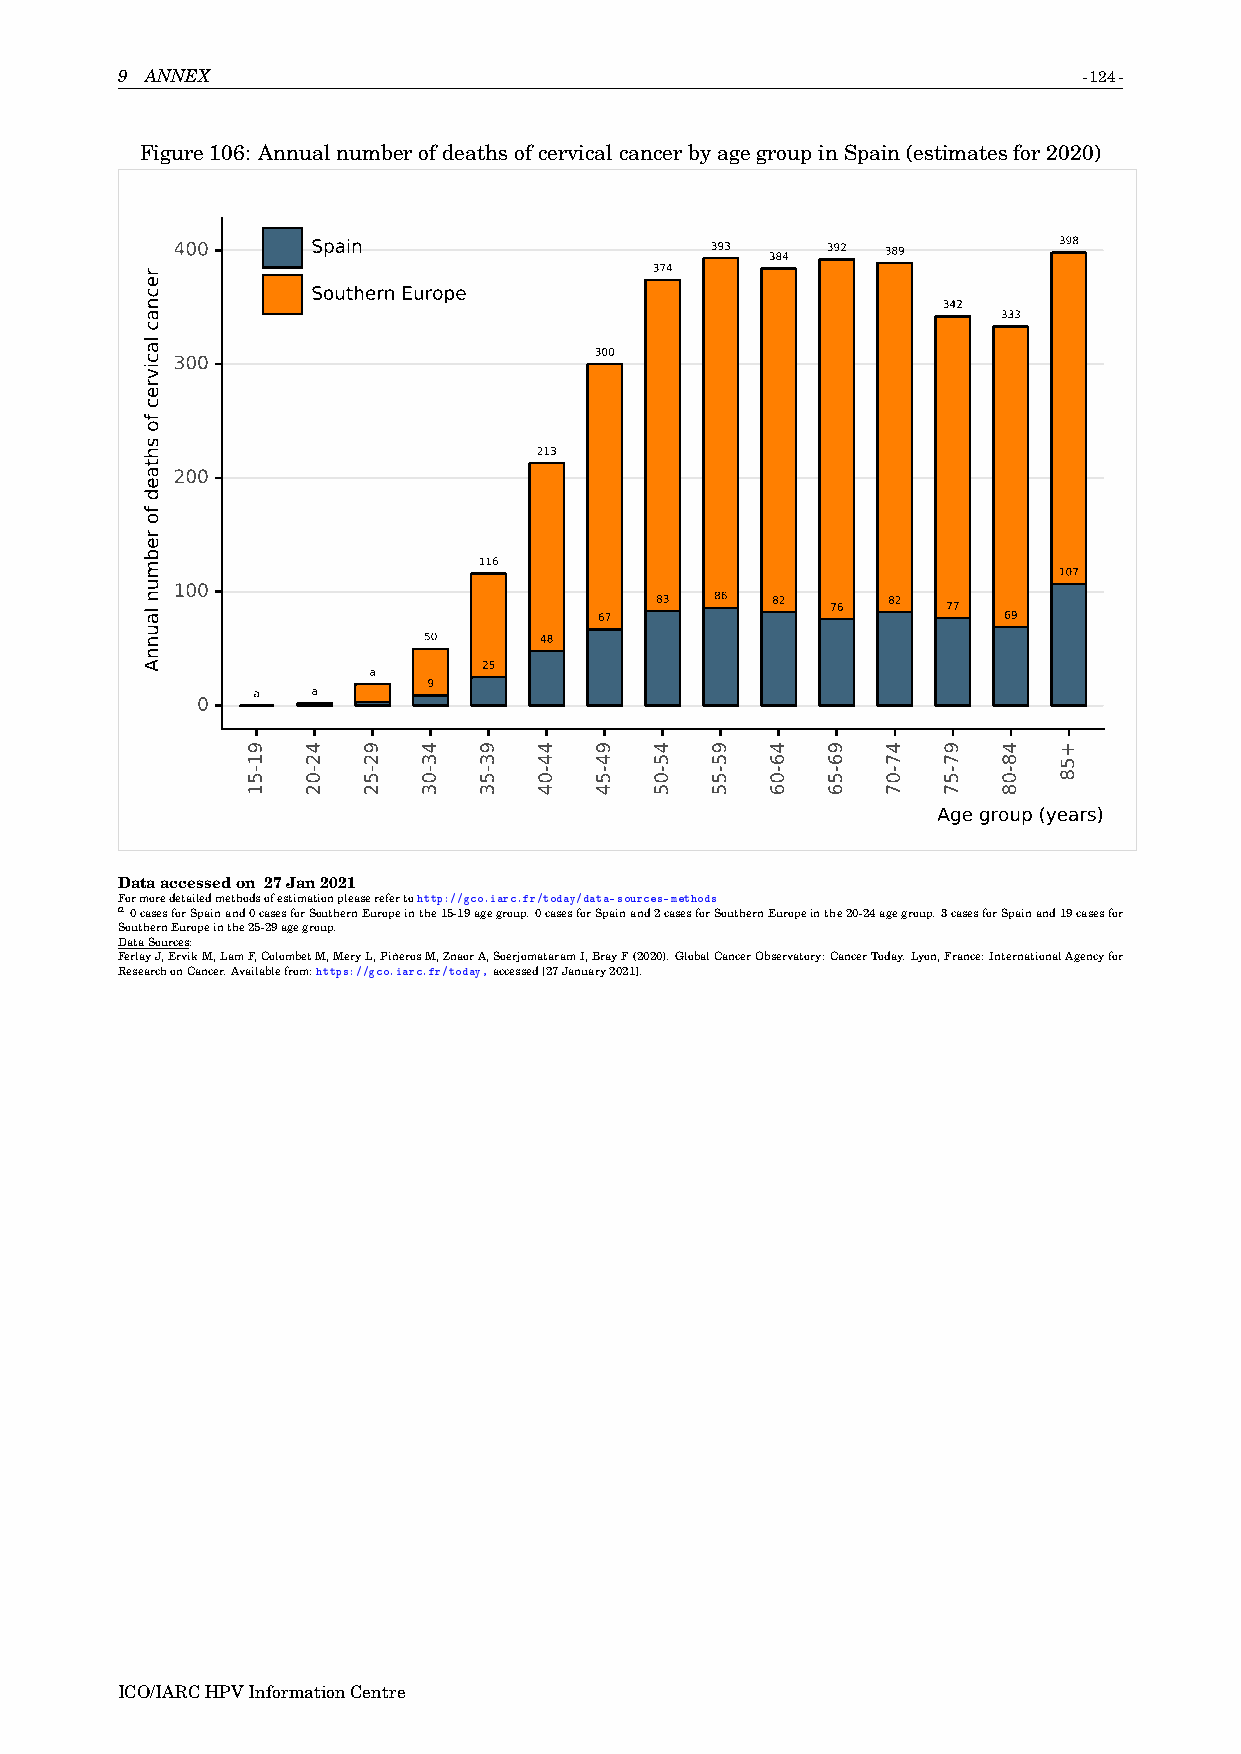
9 ANNEX                                                         -124-
 Figure106: AnnualnumberofdeathsofcervicalcancerbyagegroupinSpain(estimatesfor2020)
 400       Spain                     393 384 392 389        398
 374
 Southern Europe
 342
 333
 300
 300
 213
 200
 116
 107
 100
 83  86  82  76  82  77 67 69
 50      48
 25
 a
 9
 a   a
 0
 Age group (years)
 Dataaccessedon 27Jan2021
 Formoredetailedmethodsofestimationpleaserefertohttp://gco.iarc.fr/today/data-sources-methods
 a0casesforSpainand0casesforSouthernEuropeinthe15-19agegroup.0casesforSpainand2casesforSouthernEuropeinthe20-24agegroup.3casesforSpainand19casesfor
 SouthernEuropeinthe25-29agegroup.
 DataSources:
 FerlayJ,ErvikM,LamF,ColombetM,MeryL,PiñerosM,ZnaorA,SoerjomataramI,BrayF(2020).GlobalCancerObservatory:CancerToday.Lyon,France:InternationalAgencyfor
 ResearchonCancer.Availablefrom:https://gco.iarc.fr/today,accessed[27January2021].
 ICO/IARCHPVInformationCentre
 recnac
 lacivrec
 fo
 shtaed
 fo
 rebmun
 launnA
 91-51 42-02 92-52 43-03 93-53 44-04 94-54 45-05 95-55 46-06 96-56 47-07 97-57 48-08 +58